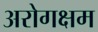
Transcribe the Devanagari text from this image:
अरोगक्षम